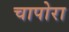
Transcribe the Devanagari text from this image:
चापोरा